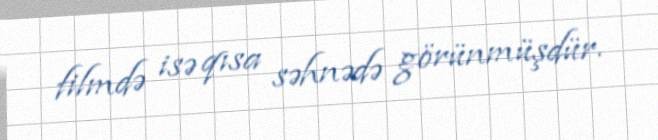
filmdə isə qısa səhnədə görünmüşdür.